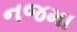
નજમા